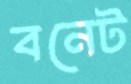
বনেট